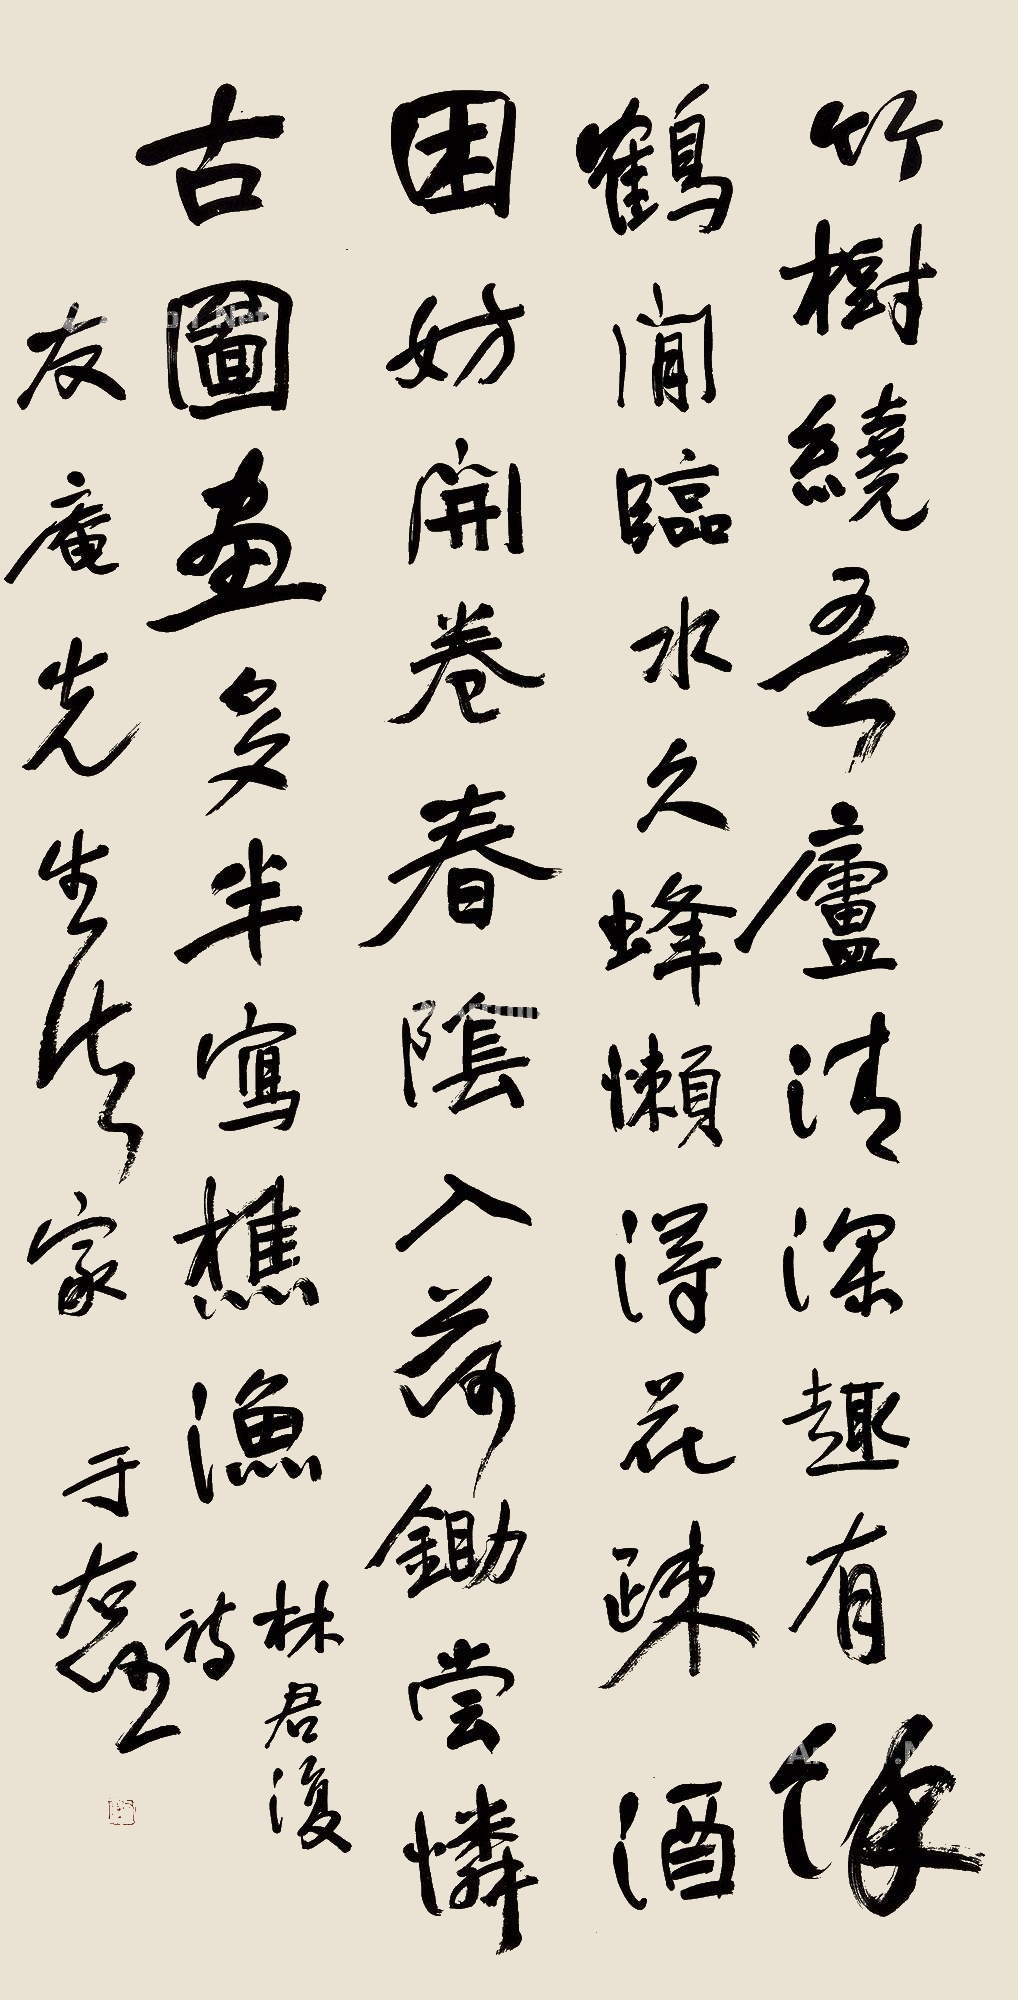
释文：竹树绕吾庐，清深趣有余。鹤闲临水久，蜂懒得花疏。酒困妨开卷，春阴入荷锄。尝怜古图画，多半写樵渔。林君复诗。友庵先生法家，于右任。